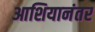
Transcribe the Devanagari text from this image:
आशियानंतर